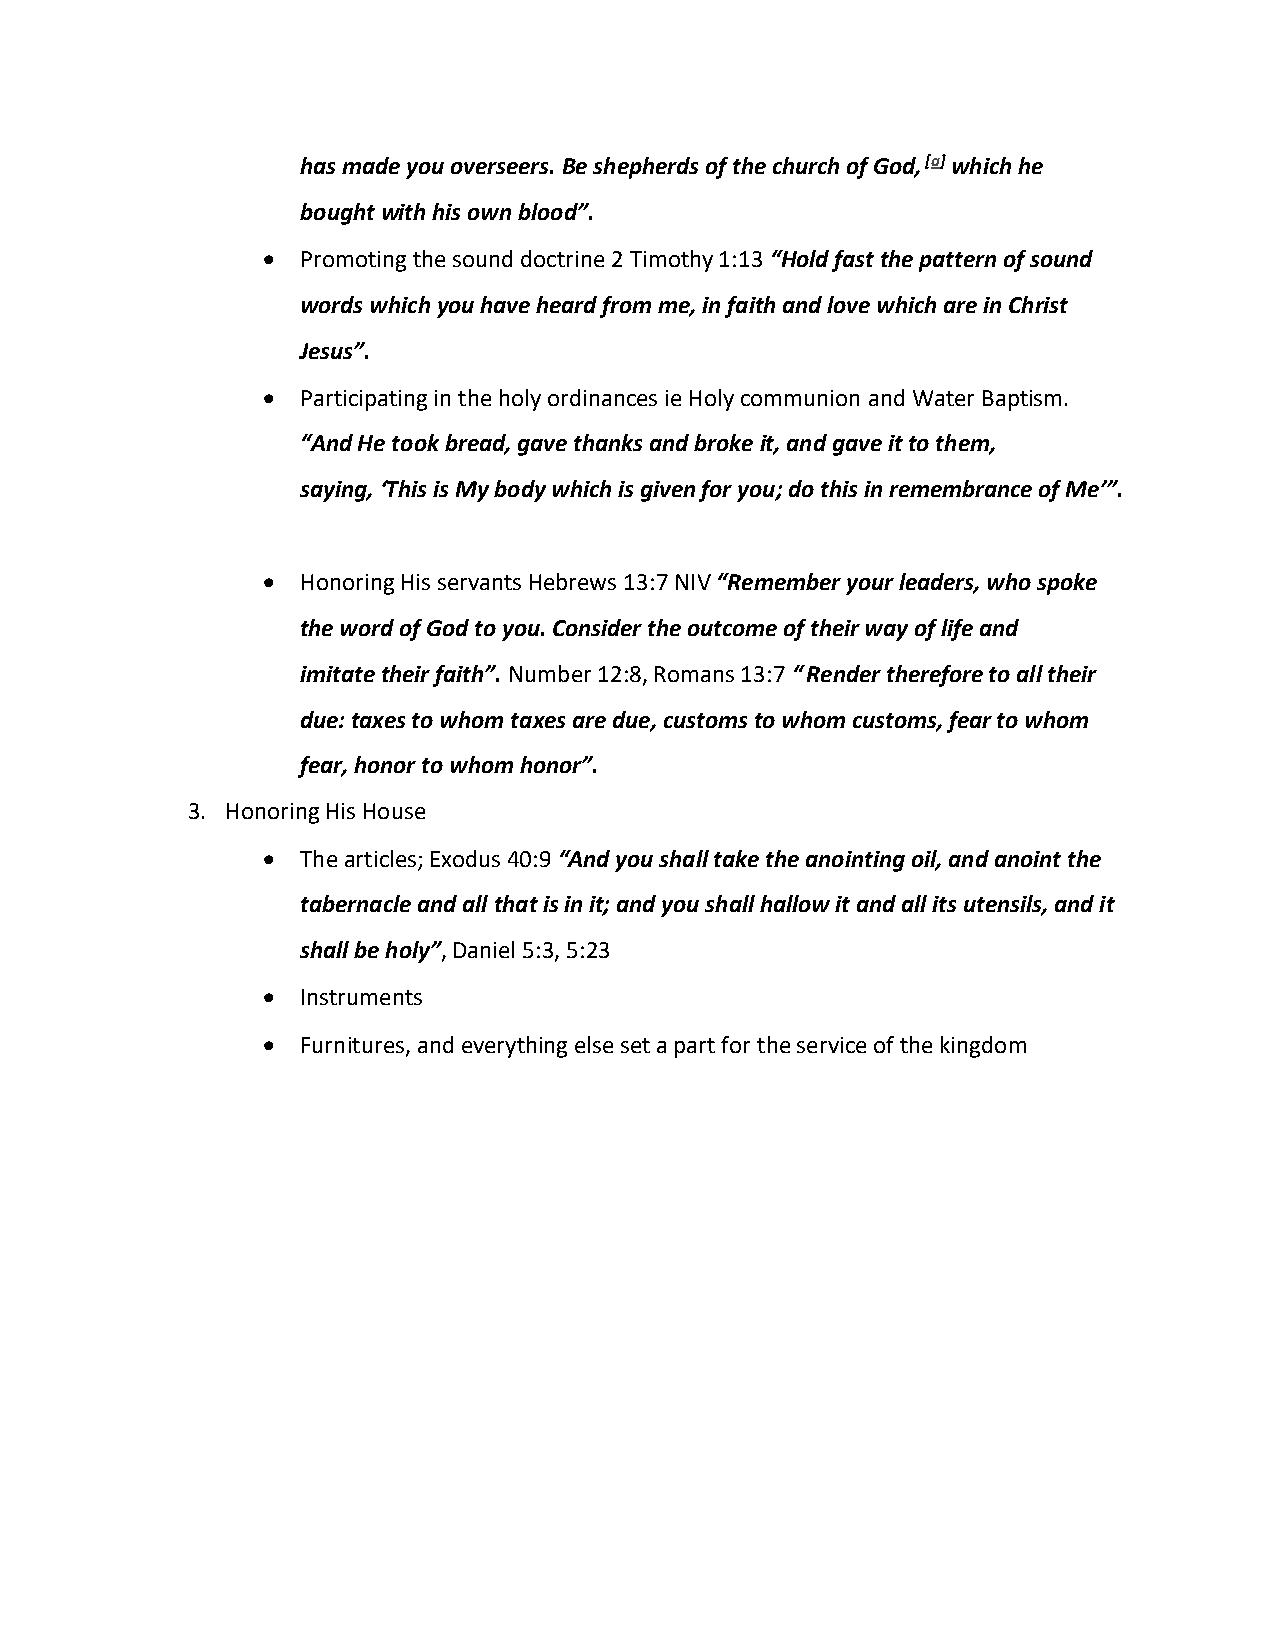
has made you overseers. Be shepherds of the church of God, [a] which he
 bought with his own blood”.
 •  Promoting the sound doctrine 2 Timothy 1:13 “Hold fast the pattern of sound
 words which you have heard from me, in faith and love which are in Christ
 Jesus”.
 •  Participating in the holy ordinances ie Holy communion and Water Baptism.
 “And He took bread, gave thanks and broke it, and gave it to them,
 saying, ‘This is My body which is given for you; do this in remembrance of Me’”.
 •  Honoring His servants Hebrews 13:7 NIV “Remember your leaders, who spoke
 the word of God to you. Consider the outcome of their way of life and
 imitate their faith”. Number 12:8, Romans 13:7 “ Render therefore to all their
 due: taxes to whom taxes are due, customs to whom customs, fear to whom
 fear, honor to whom honor”.
 3. Honoring His House
 •  The articles; Exodus 40:9 “And you shall take the anointing oil, and anoint the
 tabernacle and all that is in it; and you shall hallow it and all its utensils, and it
 shall be holy”, Daniel 5:3, 5:23
 •  Instruments
 •  Furnitures, and everything else set a part for the service of the kingdom